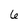
Character: 6